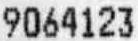
9064123